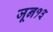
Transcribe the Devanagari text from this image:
जून१३